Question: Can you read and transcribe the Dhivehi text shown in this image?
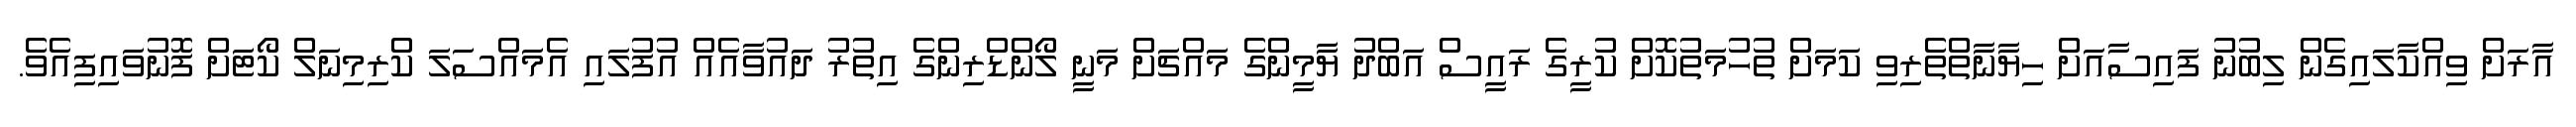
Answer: އާރަށް ވިއްކާލައިގެން ލިބުނު ފައިސާއަށް ހިޔާނާތްތެރިވި ކަމަށް ތުހުމަތުކޮށް ކުރީގެ ރައީސް އަބްދު ޔާމީންގެ މައްޗަށް މަނީ ލޯންޑްރިންގެ އިތުރު ދައުވާއެއް އުފުލައި އެމައްސަލަ ކްރިމިނަލް ކޯޓަށް ފޮނުވައިފިއެވެ.